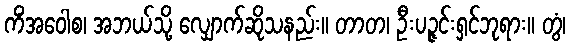
ကိံအဝေါစ၊ အဘယ်သို့ လျှောက်ဆိုသနည်း။ တာတ၊ ဦးပဉ္ဇင်းရှင်ဘုရား။ တွံ၊